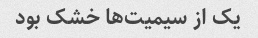
یک از سیمیت‌ها خشک بود